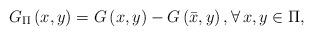
LaTeX: \begin{align*}G_{\Pi}\left( x,y \right) =G\left( x,y \right) -G\left( \bar{x},y \right), \forall \,x,y\in \Pi ,\end{align*}